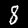
Label: 8